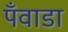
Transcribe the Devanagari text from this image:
पँवाडा